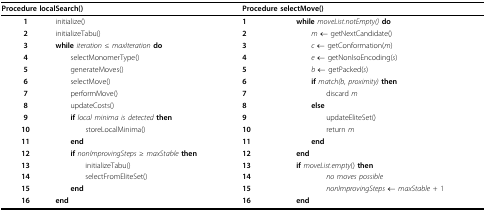
<table><thead><tr><td colspan="2"><b>Procedure localSearch()</b></td><td colspan="2"><b>Procedure selectMove()</b></td></tr></thead><tbody><tr><td><b>1</b></td><td>initialize()</td><td><b>1</b></td><td><b>while </b><i>moveList.notEmpty() </i><b>do</b></td></tr><tr><td><b>2</b></td><td>initializeTabu()</td><td><b>2</b></td><td> <i>m </i>← getNextCandidate()</td></tr><tr><td><b>3</b></td><td><b>while </b><i>iteration </i>≤ <i>maxIteration </i><b>do</b></td><td><b>3</b></td><td> <i>c </i>← getConformation(<i>m</i>)</td></tr><tr><td><b>4</b></td><td> selectMonomerType()</td><td><b>4</b></td><td> <i>e </i>← getNonIsoEncoding(<i>s</i>)</td></tr><tr><td><b>5</b></td><td> generateMoves()</td><td><b>5</b></td><td> <i>b </i>← getPacked(<i>s</i>)</td></tr><tr><td><b>6</b></td><td> selectMove()</td><td><b>6</b></td><td> <b>if </b><i>match(b, proximity) </i><b>then</b></td></tr><tr><td><b>7</b></td><td> performMove()</td><td><b>7</b></td><td>discard <i>m</i></td></tr><tr><td><b>8</b></td><td> updateCosts()</td><td><b>8</b></td><td> <b>else</b></td></tr><tr><td><b>9</b></td><td> <b>if </b><i>local minima is detected </i><b>then</b></td><td><b>9</b></td><td>updateEliteSet()</td></tr><tr><td><b>10</b></td><td>storeLocalMinima()</td><td><b>10</b></td><td>return <i>m</i></td></tr><tr><td><b>11</b></td><td> <b>end</b></td><td><b>11</b></td><td> <b>end</b></td></tr><tr><td><b>12</b></td><td> <b>if </b><i>nonImprovingSteps </i>≥ <i>maxStable </i><b>then</b></td><td><b>12</b></td><td><b>end</b></td></tr><tr><td><b>13</b></td><td>initializeTabu()</td><td><b>13</b></td><td><b>if </b><i>moveList.empty</i>() <b>then</b></td></tr><tr><td><b>14</b></td><td>selectFromEliteSet()</td><td><b>14</b></td><td><i>no moves possible</i></td></tr><tr><td><b>15</b></td><td> <b>end</b></td><td><b>15</b></td><td><i>nonImprovingSteps </i>← <i>maxStable </i>+ 1</td></tr><tr><td><b>16</b></td><td><b>end</b></td><td><b>16</b></td><td><b>end</b></td></tr></tbody></table>